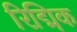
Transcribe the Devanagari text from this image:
रिद्मिक